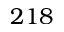
2 1 8